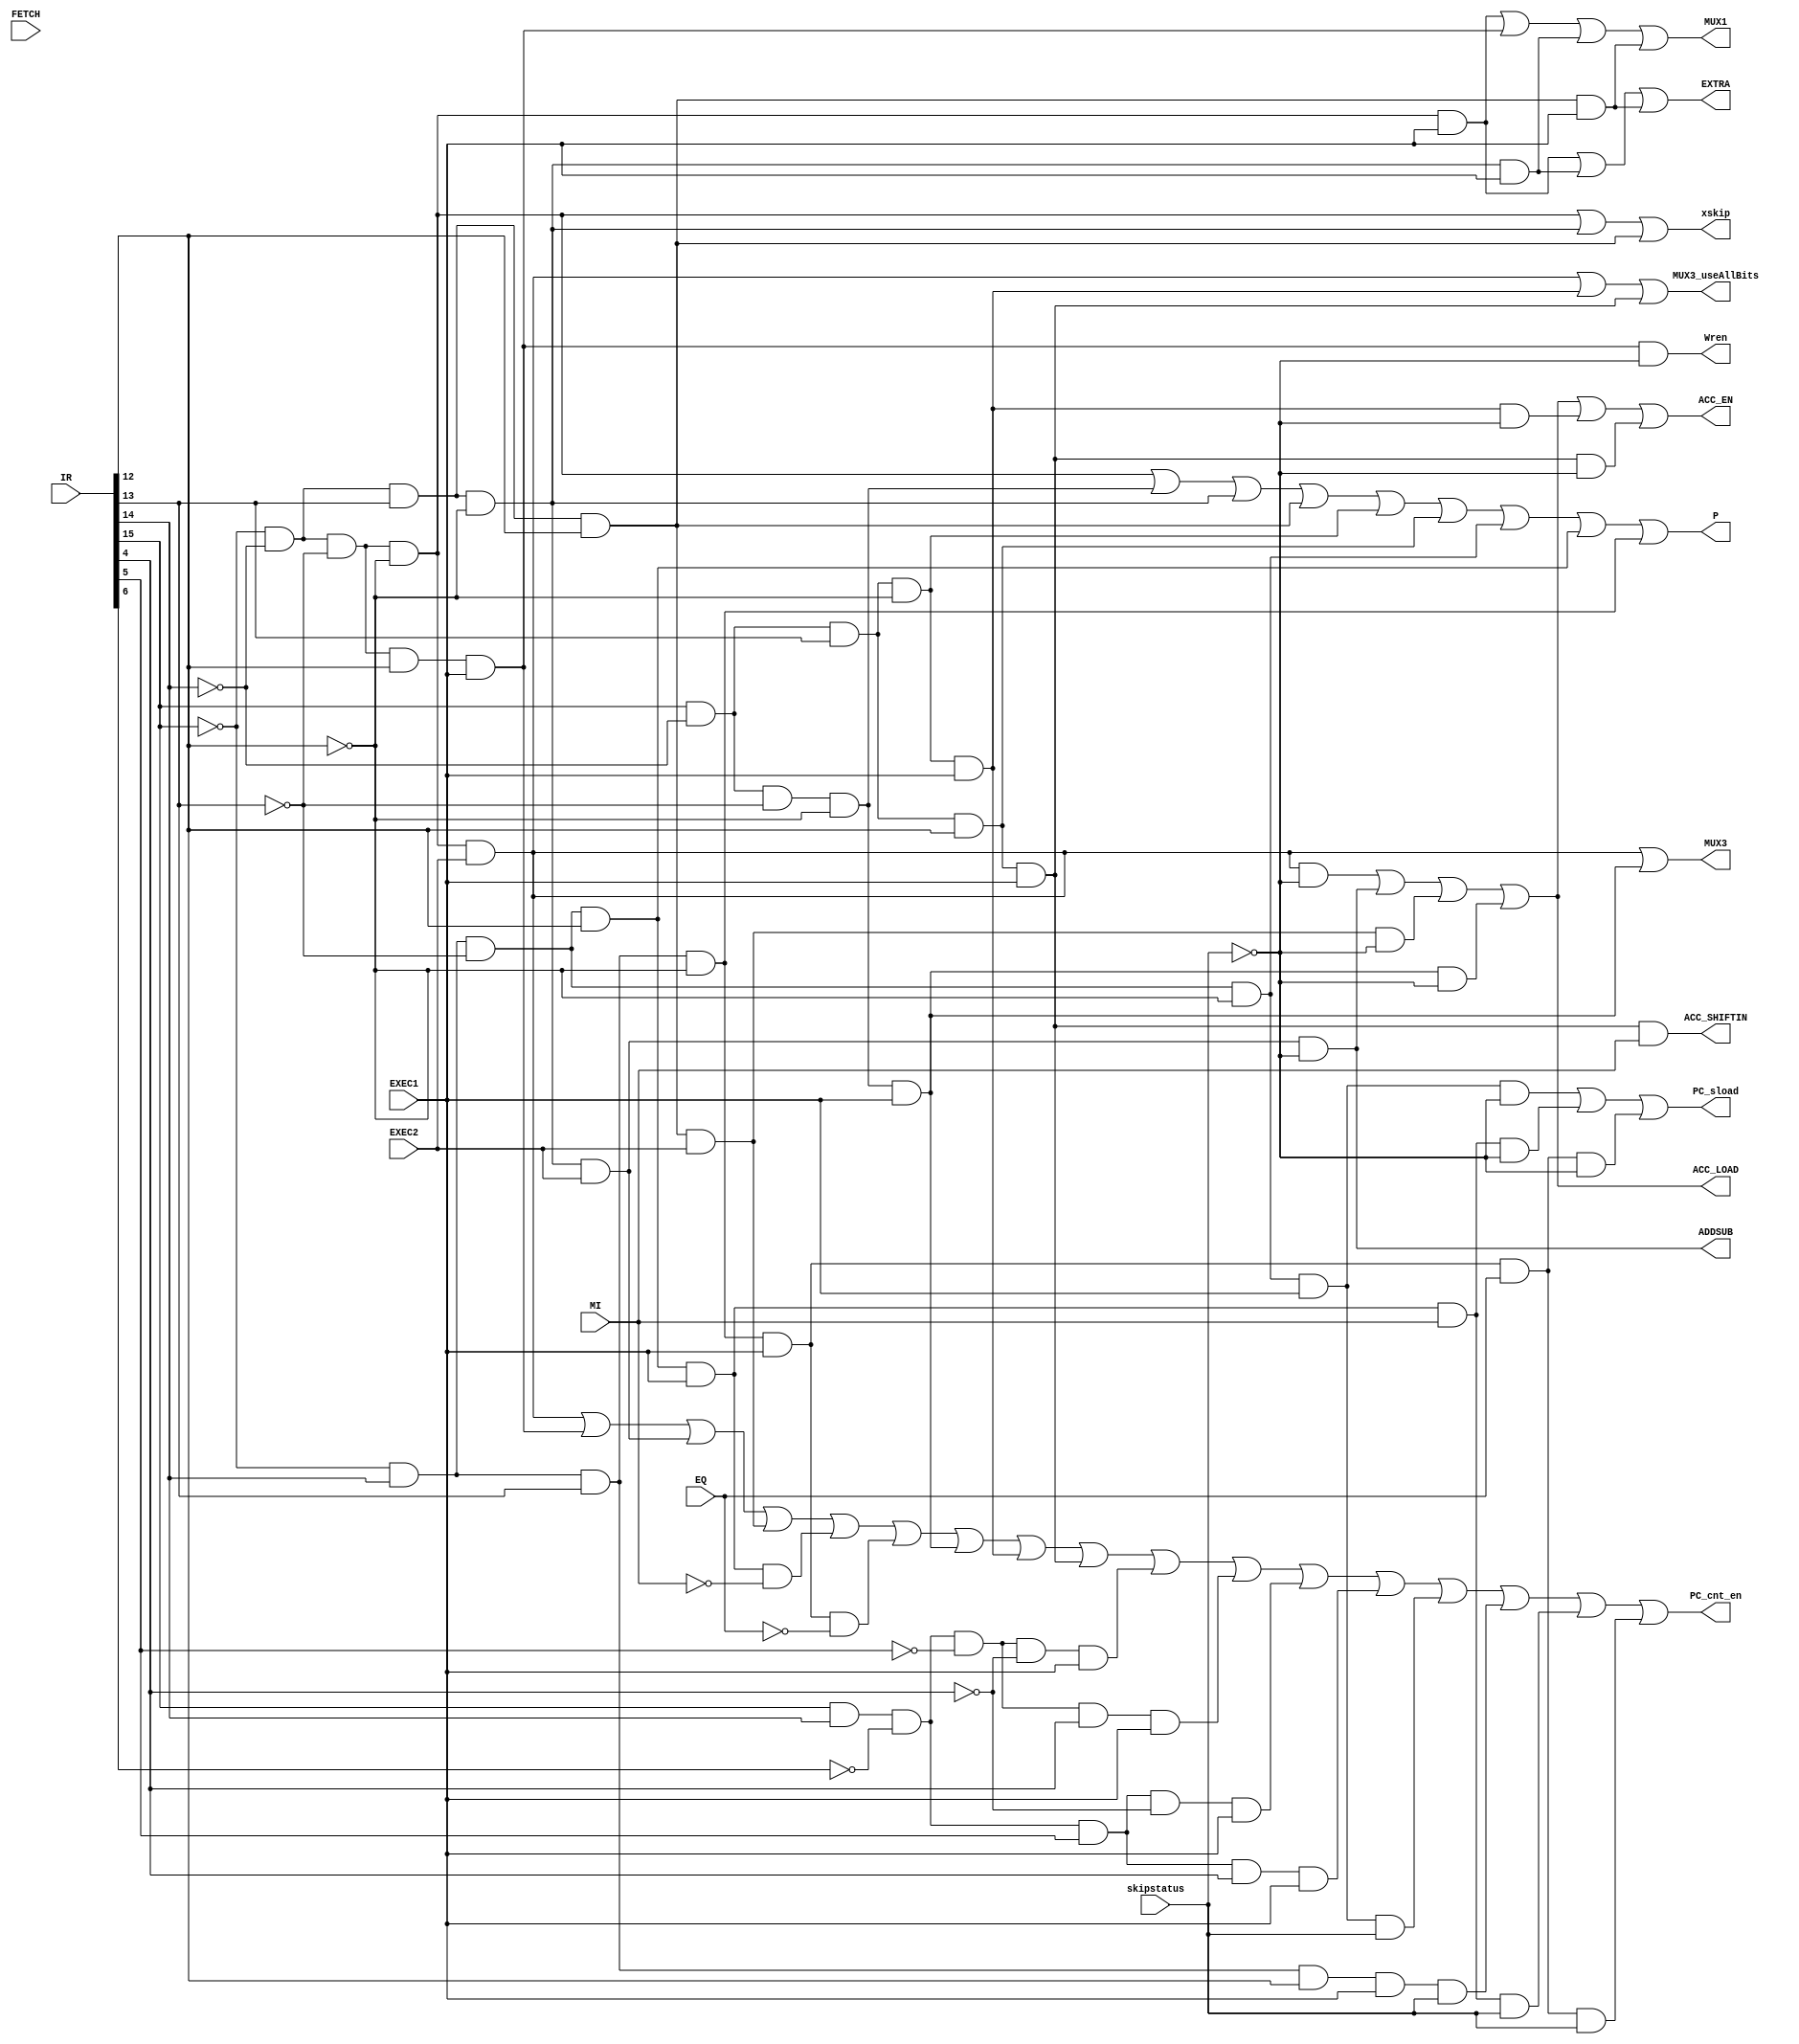
module decode(input FETCH            ,
              input EXEC1            ,
              input EXEC2            ,
              input EQ               ,
              input MI               ,
              input [15:0] IR        ,
	      input skipstatus	     ,
              output EXTRA           ,
              output Wren            ,
              output MUX1            ,
              output MUX3            ,
              output PC_sload        ,
              output PC_cnt_en       ,
              output ACC_EN          ,
              output ACC_LOAD        ,
              output ACC_SHIFTIN     ,
              output ADDSUB          ,
              output MUX3_useAllBits ,
	      output P		     ,
	      output xskip
);
    // MU0 instruction  
    wire LDA, STA, ADD, SUB, JMP, JMI, JEQ, STP, LDI, LSR, ASR;
    assign LDA = !IR[15] & !IR[14] & !IR[13] & !IR[12];
    assign STA = !IR[15] & !IR[14] & !IR[13] & IR[12];
    assign ADD = !IR[15] & !IR[14] & IR[13]  & !IR[12];
    assign SUB = !IR[15] & !IR[14] & IR[13]  & IR[12];
    assign JMP = !IR[15] & IR[14]  & !IR[13] & !IR[12];
    assign JMI = !IR[15] & IR[14]  & !IR[13] & IR[12];
    assign JEQ = !IR[15] & IR[14]  & IR[13]  & !IR[12];
    assign STP = !IR[15] & IR[14]  & IR[13]  & IR[12];
    assign LDI = IR[15]  & !IR[14] & !IR[13] & !IR[12];
    assign LSR = IR[15]  & !IR[14] & IR[13]  & !IR[12];
    assign ASR = IR[15]  & !IR[14] & IR[13]  & IR[12];
   
    // special cases for skipen
    assign xskip = LDA | ADD | SUB;

    // whether is ARM instruction
    wire ARM = IR[15] & IR[14];
    // ARMish opcode    
    wire arm_ADD = ARM & !IR[6] & !IR[5] & !IR[4];
    wire arm_SUB = ARM & !IR[6] & !IR[5] & IR[4];
    wire arm_MOV = ARM & !IR[6] & IR[5]  & !IR[4];
    wire arm_XSR = ARM & !IR[6] & IR[5]  & IR[4];

    assign P 		   = LDA | LDI | ADD | SUB | LSR | ASR | JMP | JMI | JEQ;
    //assign P = 0;

    assign EXTRA           = LDA & EXEC1 | ADD & EXEC1 | SUB & EXEC1;
    assign Wren            = STA & EXEC1 & !skipstatus;
    assign MUX1            = LDA & EXEC1 | STA & EXEC1 | ADD & EXEC1 | SUB & EXEC1;
    assign MUX3            = LDA & EXEC2 | LDI & EXEC1;
    assign PC_sload        = JMP & EXEC1 & !skipstatus | JMI & EXEC1 & MI & !skipstatus | JEQ & EXEC1 & EQ & !skipstatus;
    assign PC_cnt_en       = LDA & EXEC2 | STA & EXEC1 | ADD & EXEC2 | SUB & EXEC2 | JMI & EXEC1 & !MI | JEQ & EXEC1 & !EQ | LDI & EXEC1 | LSR & EXEC1 | ASR & EXEC1 | arm_ADD & EXEC1 | arm_SUB & EXEC1 | arm_MOV & EXEC1 | arm_XSR & EXEC1 | JMP & EXEC1 & skipstatus | STP & EXEC1 & skipstatus | JMI & EXEC1 & MI & skipstatus | JEQ & EXEC1 & EQ & skipstatus;
    assign ACC_EN          = LDA & EXEC2 & !skipstatus | ADD & EXEC2 & !skipstatus | SUB & EXEC2 & !skipstatus | LDI & EXEC1 & !skipstatus | LSR & EXEC1 & !skipstatus | ASR & EXEC1 & !skipstatus ;
    assign ACC_LOAD        = LDA & EXEC2 & !skipstatus | ADD & EXEC2 & !skipstatus | SUB & EXEC2 & !skipstatus | LDI & EXEC1 & !skipstatus ;
    assign ADDSUB          = ADD & EXEC2 & !skipstatus ;
    // assign ACC_SHIFTIN     = LSR & EXEC1;
    assign ACC_SHIFTIN     = ASR & EXEC1 & MI;
    // assign ACC_SHIFTIN     = 0;
    assign MUX3_useAllBits = LDA & EXEC2 | LDA & EXEC2 | LSR & EXEC1 | ASR & EXEC1;
    
endmodule